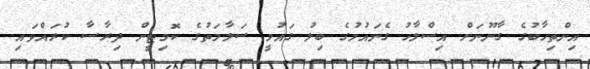
އިންތިހާބުގެ ގާނޫނަށް އިސްލާހު ގެނައުމުގެ ބިލު ގައުމީ ސަލާމަތުގެ ކޮމިޓީން ދިރާސާ ކުރައްވައި